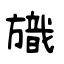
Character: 旘